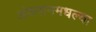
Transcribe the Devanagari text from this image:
अंदमानमधल्या